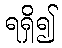
ရရှိ၍